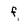
Character: f